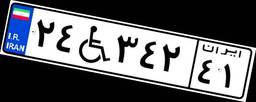
۲۴W۳۴۲۴۱